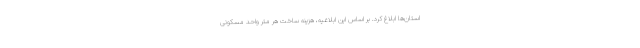
استان‌ها ابلاغ کرد. بر اساس این ابلاغیه، هزینه ساخت هر متر واحد مسکونی